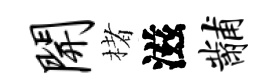
开楮滋黼